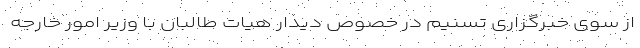
از سوی خبرگزاری تسنیم در خصوص دیدار هیات طالبان با وزیر امور خارجه